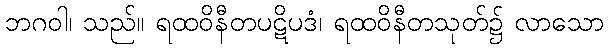
ဘဂဝါ၊ သည်။ ရထဝိနီတပဋိပဒံ၊ ရထဝိနီတသုတ်၌ လာသော